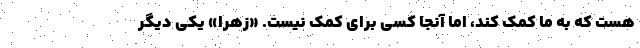
هست که به ما کمک کند، اما آنجا کسی برای کمک نیست. «زهرا» یکی دیگر